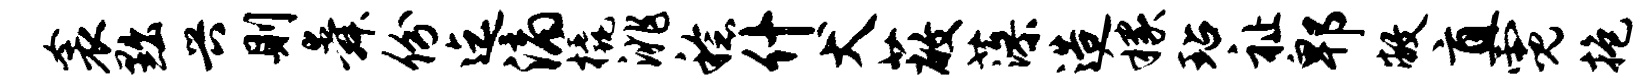
衾黜兴则舜份迄滴橇洮稔什犬蔽藻造稼玷祉郫敝直霓抱